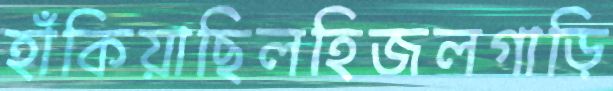
হাঁকিয়াছিলহিজলগাড়ি